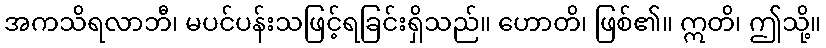
အကသိရလာဘီ၊ မပင်ပန်းသဖြင့်ရခြင်းရှိသည်။ ဟောတိ၊ ဖြစ်၏။ ဣတိ၊ ဤသို့။